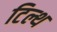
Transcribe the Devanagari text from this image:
टिल्थ